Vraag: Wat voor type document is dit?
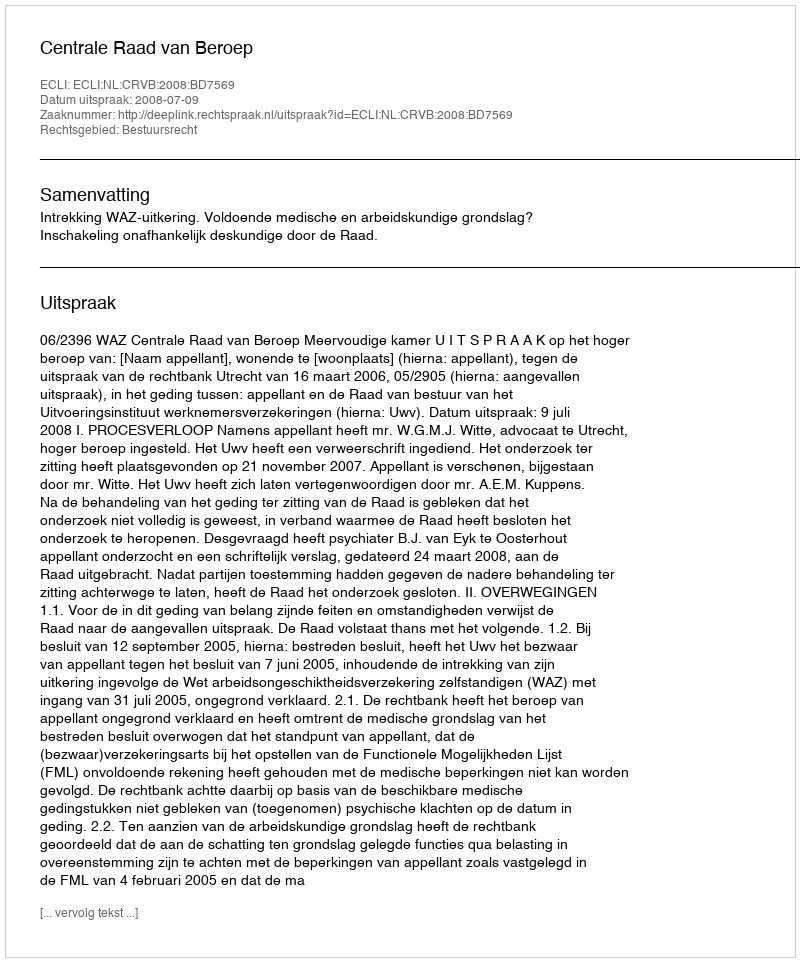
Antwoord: Uitspraak